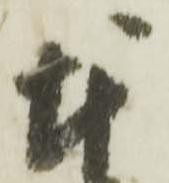
本